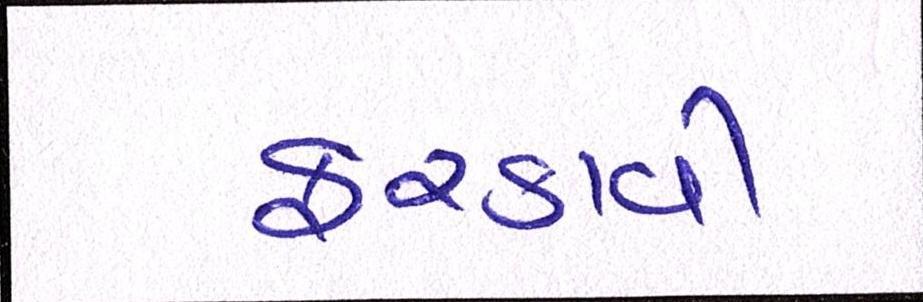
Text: ફરકાવી